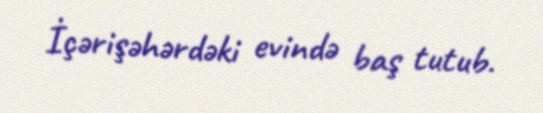
İçərişəhərdəki evində baş tutub.